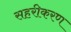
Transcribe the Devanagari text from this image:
सहरीकरण